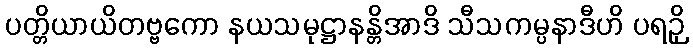
ပတ္တိယာယိတဗ္ဗကော နယသမုဋ္ဌာနန္တိအာဒိ သီသကမ္ပနာဒီဟိ ပရဉှိ